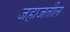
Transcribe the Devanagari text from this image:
जहाजतील